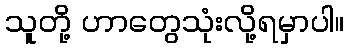
သူတို့ ဟာတွေသုံးလို့ရမှာပါ။